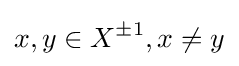
x,y\in X^{\pm 1},x\neq y